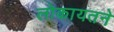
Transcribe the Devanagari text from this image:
लोकायतने